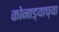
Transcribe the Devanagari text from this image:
कोनाड्याच्या